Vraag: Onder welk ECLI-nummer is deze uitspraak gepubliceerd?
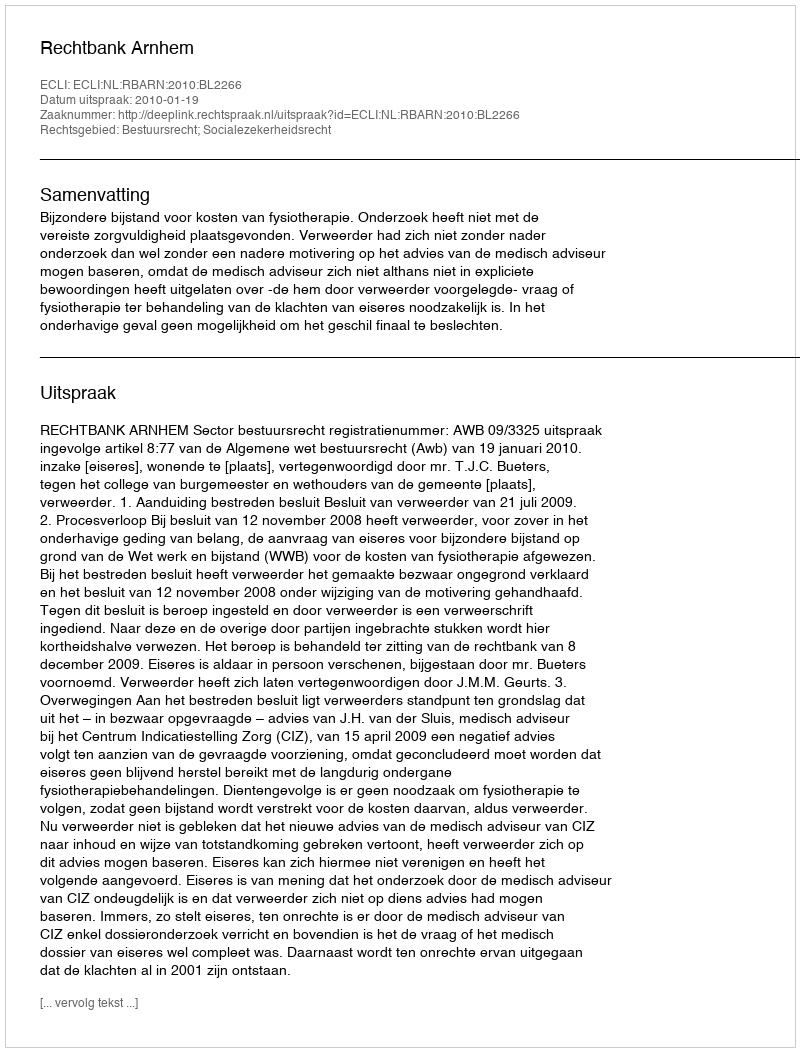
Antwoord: ECLI:NL:RBARN:2010:BL2266